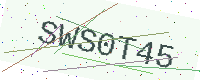
Text: SWS0T45